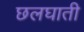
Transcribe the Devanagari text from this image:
छलघाती